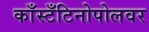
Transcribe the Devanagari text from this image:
काँस्टँटिनोपोलवर